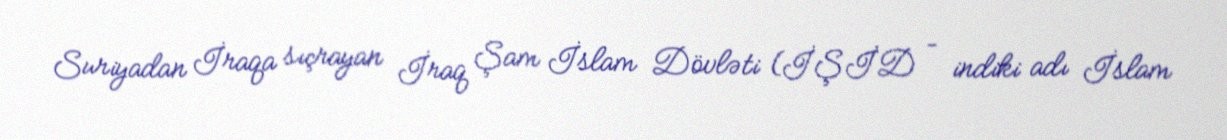
Suriyadan İraqa sıçrayan İraq Şam İslam Dövləti (İŞİD – indiki adı İslam